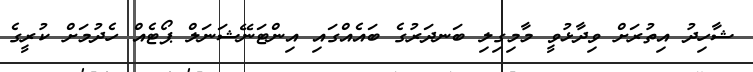
ޝާހިދު އިތުރަށް ވިދާޅުވީ މާމިގިލި ބަނދަރުގެ ބައެއްގައި އިންޓަނޭޝަނަލް ޕޯޓެއް ހެދުމަށް ކުރީގެ